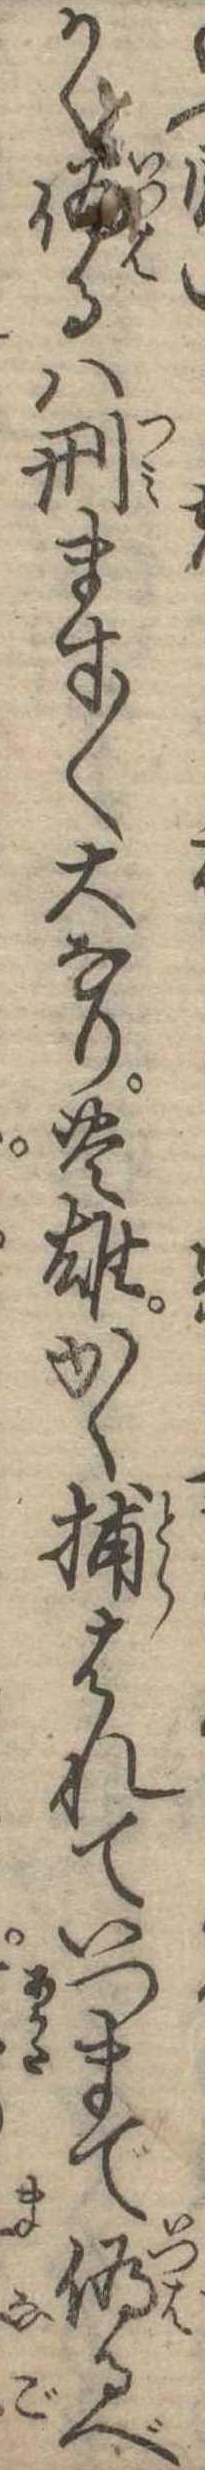
かく偽るは刑ます〱大なり豊雄かく捕はれていつまで偽るべ